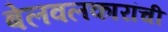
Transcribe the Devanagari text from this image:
बेलवलकारांची